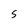
Character: S